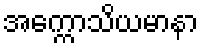
အက္ကောသိယမာနာ